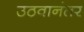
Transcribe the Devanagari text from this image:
उठवानंतर